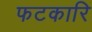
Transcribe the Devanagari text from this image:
फटकारि